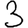
Digit: 3